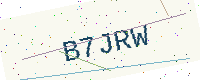
Text: B7JRW